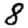
Digit: 8